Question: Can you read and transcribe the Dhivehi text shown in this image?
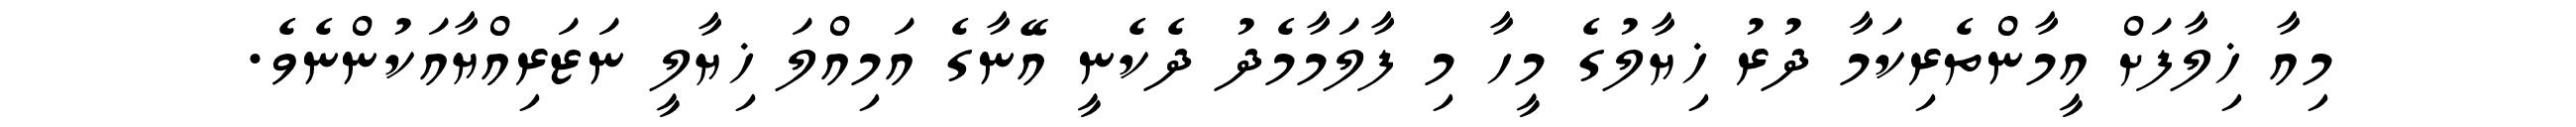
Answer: މިއާ ޚިލާފަށް އީމާންތެރިކަމާ ދުރު ޚިޔާލުގެ މީހާ މި ފާލަމާމެދު ދެކެނީ އޭނާގެ އަމިއްލަ ޚިޔާލީ ނަޒަރިއްޔާއަކުންނެވެ.